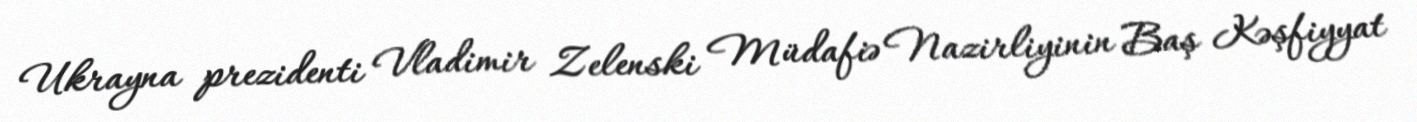
Ukrayna prezidenti Vladimir Zelenski Müdafiə Nazirliyinin Baş Kəşfiyyat